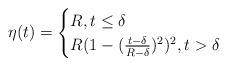
LaTeX: \begin{align*}\eta(t)=\begin{cases}R,t\leq \delta\\R(1-(\frac{t-\delta}{R-\delta})^2)^2, t> \delta\end{cases}\end{align*}